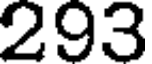
293